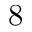
8